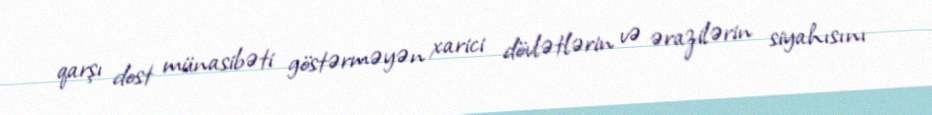
qarşı dost münasibəti göstərməyən xarici dövlətlərin və ərazilərin siyahısını